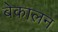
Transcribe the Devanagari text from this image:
बेकालन